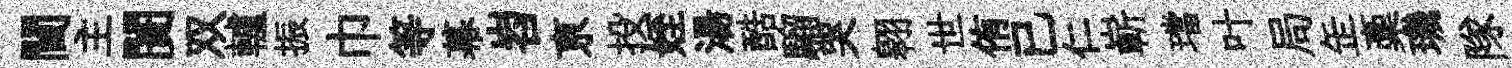
閫主闠双轤振巾等幕岧亰投姪湯酷騮哭翱世侑已仁嶄璫叶局𦈢稾璣隊